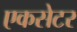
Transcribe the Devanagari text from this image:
एकसेटर